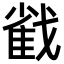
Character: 𢧵